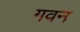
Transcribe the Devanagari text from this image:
गवन